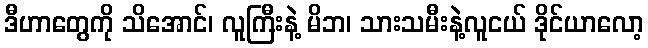
ဒီဟာတွေကို သိအောင်၊ လူကြီးနဲ့ မိဘ၊ သားသမီးနဲ့လူငယ် ဒိုင်ယာလော့